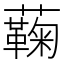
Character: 蘜